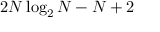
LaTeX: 2 N \log _ { 2 } N - N + 2